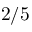
2 / 5